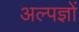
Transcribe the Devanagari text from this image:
अल्पज्ञों